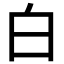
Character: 白